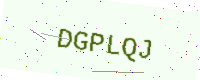
Text: DGPLQJ